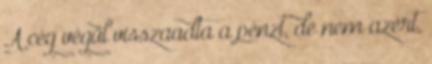
A cég végül visszaadta a pénzt, de nem azért,